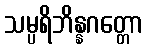
သမ္ပရိဘိန္နဂတ္တော